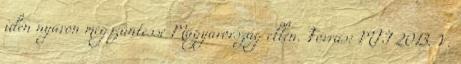
idén nyáron megszüntesse Magyarország ellen. Forrás: MTI 2013. V.